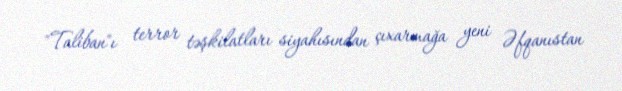
"Taliban"ı terror təşkilatları siyahısından çıxarmağa yeni Əfqanıstan